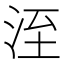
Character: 洷